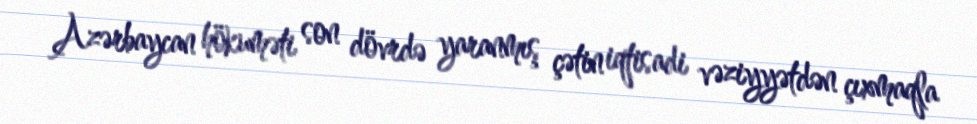
Azərbaycan hökuməti son dövrdə yaranmış çətin iqtisadi vəziyyətdən çıxmaqla